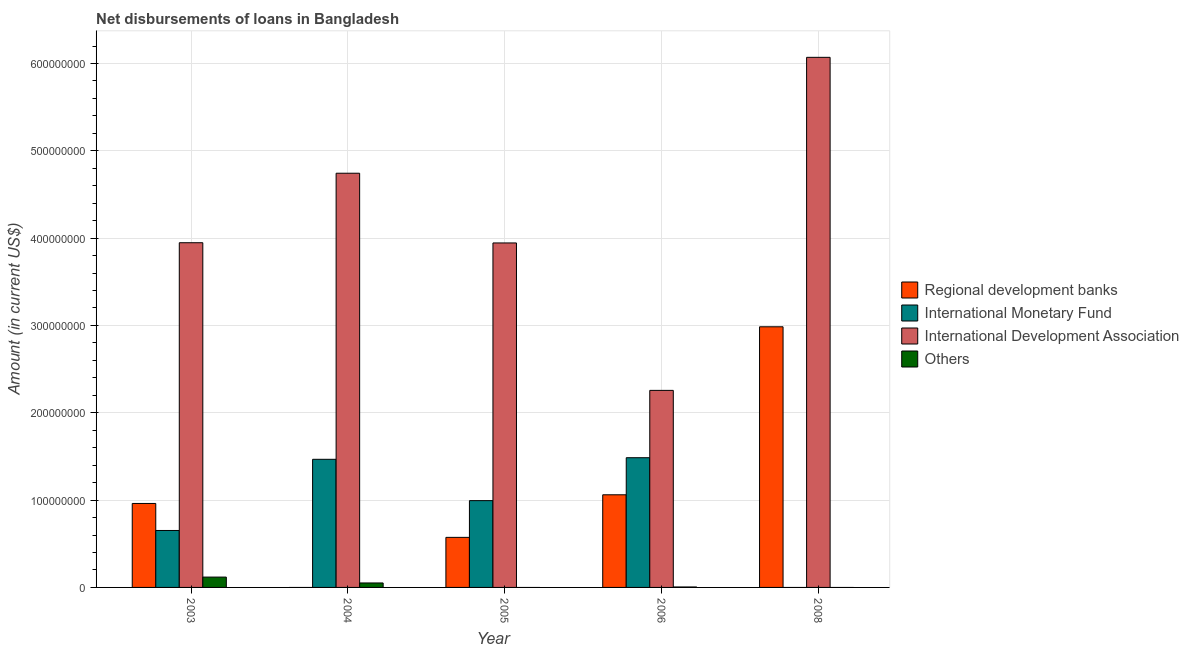
| Year | Regional development banks | International Monetary Fund | International Development Association | Others |
 | --- | --- | --- | --- | --- |
 | 2003 | 9.61e+07 | 6.52e+07 | 3.95e+08 | 1.18e+07 |
 | 2004 | -2.06e+07 | 1.47e+08 | 4.74e+08 | 5.12e+06 |
 | 2005 | 5.73e+07 | 9.94e+07 | 3.94e+08 | -1.39e+07 |
 | 2006 | 1.06e+08 | 1.49e+08 | 2.26e+08 | 5.21e+05 |
 | 2008 | 2.98e+08 | -7.82e+06 | 6.07e+08 | -1.05e+07 |